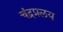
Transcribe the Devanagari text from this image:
चंद्रप्रलय